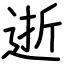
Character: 逝